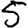
Digit: 5